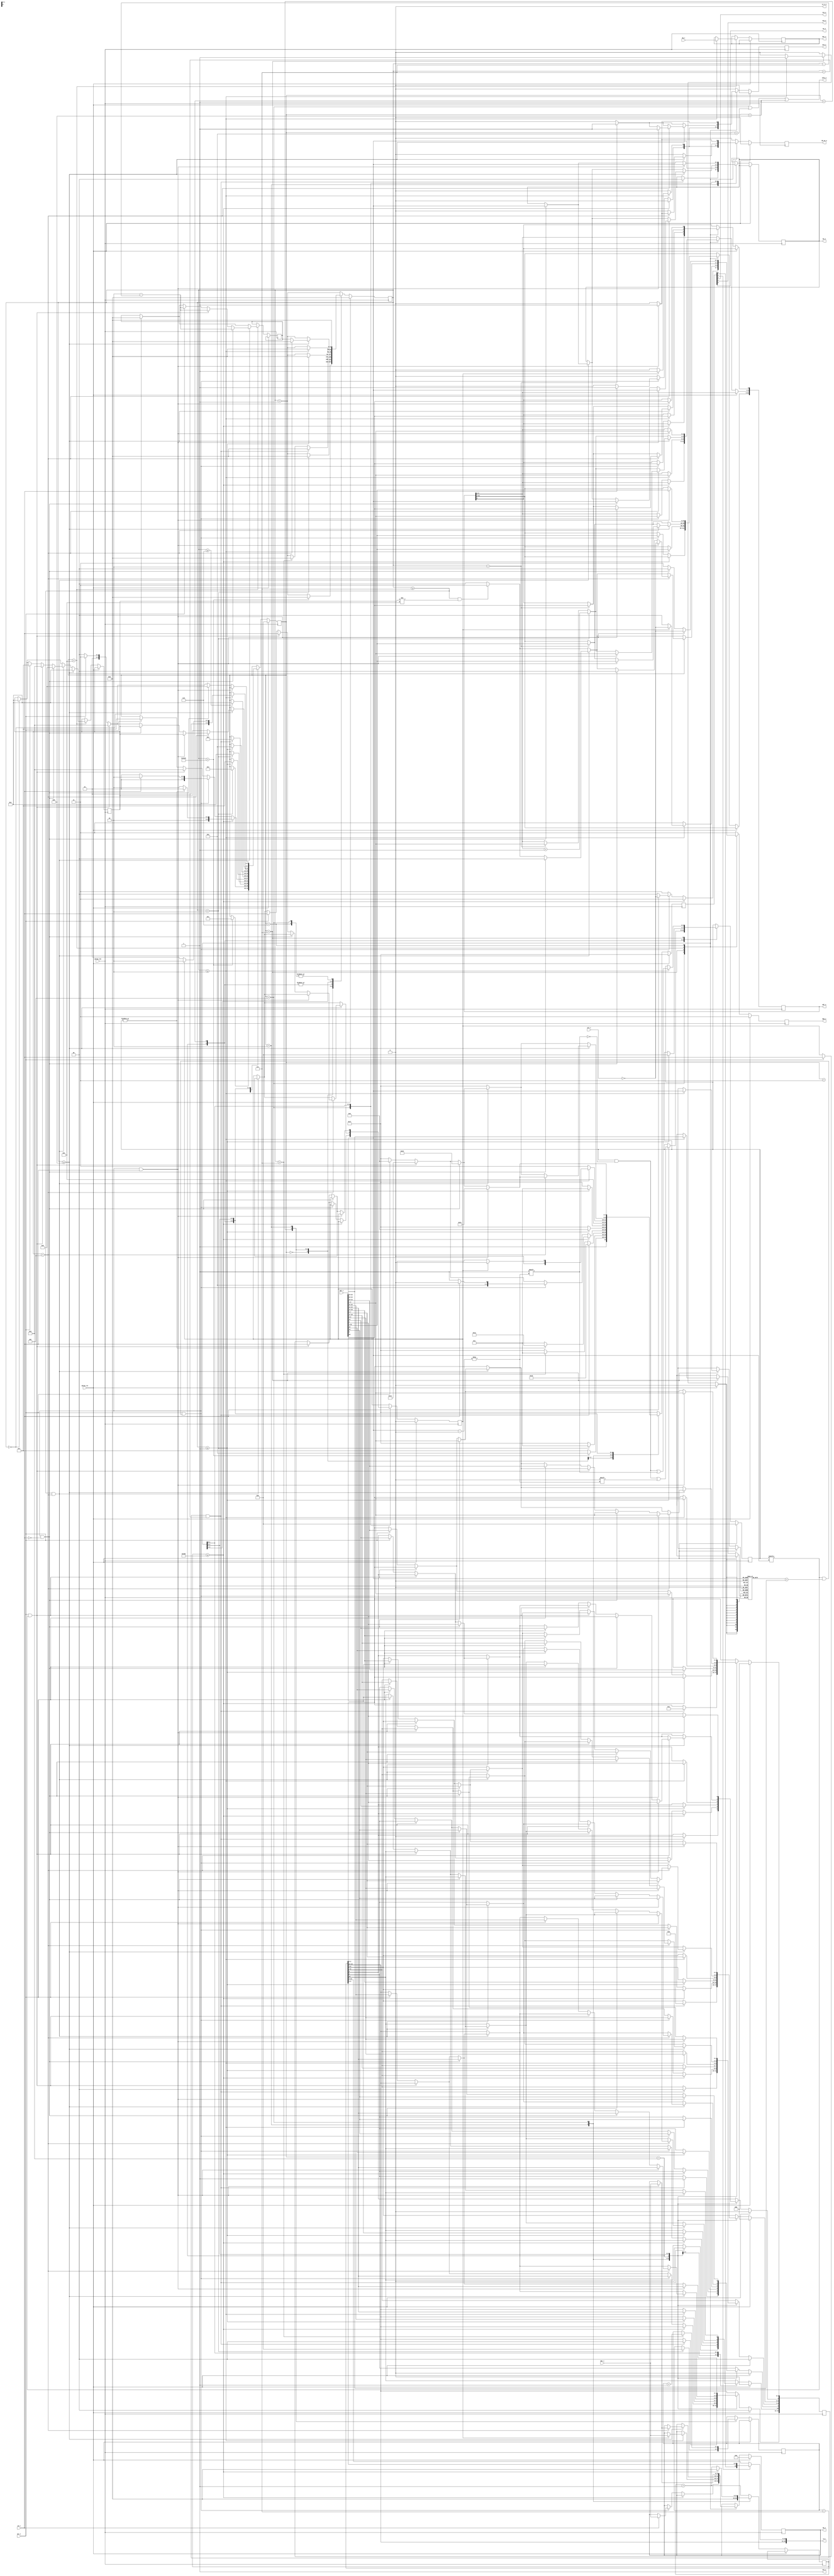
/*
 * Copyright (c) 2011, Stefan Kristiansson <stefan.kristiansson@saunalahti.fi>
 * All rights reserved.
 *
 * Redistribution and use in source and non-source forms, with or without
 * modification, are permitted provided that the following conditions are met:
 *     * Redistributions of source code must retain the above copyright
 *       notice, this list of conditions and the following disclaimer.
 *     * Redistributions in non-source form must reproduce the above copyright
 *       notice, this list of conditions and the following disclaimer in the
 *       documentation and/or other materials provided with the distribution.
 *
 * THIS WORK IS PROVIDED BY THE COPYRIGHT HOLDERS AND CONTRIBUTORS "AS IS"
 * AND ANY EXPRESS OR IMPLIED WARRANTIES, INCLUDING, BUT NOT LIMITED TO,
 * THE IMPLIED WARRANTIES OF MERCHANTABILITY AND FITNESS FOR A PARTICULAR
 * PURPOSE ARE DISCLAIMED. IN NO EVENT SHALL THE COPYRIGHT HOLDER OR
 * CONTRIBUTORS BE LIABLE FOR ANY DIRECT, INDIRECT, INCIDENTAL, SPECIAL,
 * EXEMPLARY, OR CONSEQUENTIAL DAMAGES (INCLUDING, BUT NOT LIMITED TO,
 * PROCUREMENT OF SUBSTITUTE GOODS OR SERVICES;
 * LOSS OF USE, DATA, OR PROFITS; OR BUSINESS INTERRUPTION) HOWEVER CAUSED AND
 * ON ANY THEORY OF LIABILITY, WHETHER IN CONTRACT, STRICT LIABILITY, OR TORT
 * (INCLUDING NEGLIGENCE OR OTHERWISE) ARISING IN ANY WAY OUT OF THE USE OF THIS
 * WORK, EVEN IF ADVISED OF THE POSSIBILITY OF SUCH DAMAGE.
 */

module sdram_ctrl #(
	parameter CLK_FREQ_MHZ	= 100,	// sdram_clk freq in MHZ
	parameter POWERUP_DELAY	= 200,	// power up delay in us
	parameter BURST_LENGTH	= 8,	// 0, 1, 2, 4 or 8 (0 = full page)
	parameter ROW_WIDTH	= 13,	// Row width
	parameter COL_WIDTH	= 9,	// Column width
	parameter BA_WIDTH	= 2,	// Ba width
	parameter tCAC		= 2,	// CAS Latency
	parameter tRAC		= 5,	// RAS Latency
	parameter tRP		= 2,	// Command Period (PRE to ACT)
	parameter tRC		= 7,	// Command Period (REF to REF / ACT to ACT)
	parameter tMRD		= 2	// Mode Register Set To Command Delay time
)
(
	// SDRAM interface
	input			sdram_rst,
	input			sdram_clk,
	output	[BA_WIDTH-1:0]	ba_o,
	output		[12:0]	a_o,
	output			cs_n_o,
	output			ras_o,
	output			cas_o,
	output			we_o,
	output reg	[15:0]	dq_o,
	output reg	[1:0]	dqm_o,
	input		[15:0]	dq_i,
	output reg		dq_oe_o,
	output			cke_o,

	// Internal interface
	output			idle_o,
	input		[31:0]	adr_i,
	output reg	[31:0]	adr_o,
	input		[15:0]	dat_i,
	output reg	[15:0]	dat_o,
	input		[1:0]	sel_i,
	input			acc_i,
	output reg		ack_o,
	input			we_i
);
	// Active Command To Read/Write Command Delay Time
	parameter tRCD = tRAC - tCAC;

	parameter POWERUP_CNT = CLK_FREQ_MHZ*POWERUP_DELAY;
	// refresh should be done for each row every 64 ms => 64e-3/2^ROW_WIDTH
	parameter REFRESH_TIMEOUT = (CLK_FREQ_MHZ*64000)/(1<<ROW_WIDTH);

	// Burst types
	parameter
		SEQUENTIAL  = 1'b0,
		INTERLEAVED = 1'b1;

	// Write burst modes
	parameter
		PROGRAMMED_BL   = 1'b0,
		SINGLE_LOCATION = 1'b1;

	// FSM states
	parameter [3:0]
		INIT_POWERUP  = 4'h0,
		INIT_PRE      = 4'h1,
		INIT_REF      = 4'h2,
		INIT_PGM_MODE = 4'h3,
		IDLE          = 4'h4,
		READ          = 4'h5,
		WRITE         = 4'h6,
		ACTIVATE      = 4'h7,
		PRE           = 4'h8,
		PRE_ALL       = 4'h9,
		REF           = 4'ha;

	// SDRAM commands (a10_oe,a10,ras,cas,we)
	parameter [4:0]
		CMD_NOP      = 5'b10111,
		CMD_BST      = 5'b10110,
		CMD_READ     = 5'b10101,
		CMD_READ_AP  = 5'b11101,
		CMD_WRITE    = 5'b10100,
		CMD_WRITE_AP = 5'b11100,
		CMD_ACT      = 5'b00011,
		CMD_PALL     = 5'b11010,
		CMD_PRE      = 5'b10010,
		CMD_REF      = 5'b00001,
		CMD_SELF     = 5'b00000,
		CMD_MRS      = 5'b10000;

	reg  [3:0]			state;
	reg  [3:0]			next_state;
	reg  [31:0]			cycle_count;
	reg  [31:0]			next_cycle_count;
	reg  [31:0]			refresh_count;
	reg  [3:0]			state_count;
	reg  [ROW_WIDTH-1:0]		row_active[(1<<BA_WIDTH)-1:0];
	reg  [(1<<BA_WIDTH)-1:0]	bank_active;
	reg  [12:0]			a;
	reg  [BA_WIDTH-1:0]		ba;
	reg  [4:0]			cmd;
	reg				we_r;
	wire [2:0]			bl;
	wire				a10;
	wire				a10_oe;
	wire [BA_WIDTH-1:0]		curr_bank;
	wire				curr_bank_active;
	wire [ROW_WIDTH-1:0]		curr_row;
	wire				curr_row_active;

	assign cs_n_o = 1'b0;
	assign cke_o  = 1'b1;
	assign a_o    = a10_oe ? {a[12:11], a10, a[9:0]} : a;
	assign ba_o   = ba;
	assign {a10_oe,a10,ras_o,cas_o,we_o} = cmd;
	assign bl = (BURST_LENGTH == 0) ? 3'b111 :
		    (BURST_LENGTH == 1) ? 3'b000 :
		    (BURST_LENGTH == 2) ? 3'b001 :
		    (BURST_LENGTH == 4) ? 3'b010 :
		    (BURST_LENGTH == 8) ? 3'b011 : 3'b00;
	assign curr_bank = adr_i[(BA_WIDTH+ROW_WIDTH+COL_WIDTH):(ROW_WIDTH+COL_WIDTH+1)];
	assign curr_row = adr_i[(ROW_WIDTH+COL_WIDTH):(COL_WIDTH+1)];
	assign curr_bank_active = bank_active[curr_bank];
	assign curr_row_active = (bank_active[curr_bank] &
				 (row_active[curr_bank] == curr_row));
	assign idle_o = (state == IDLE) | (state == REF) | (state == PRE_ALL);

	always @(posedge sdram_clk) begin
		if (sdram_rst) begin
			dq_oe_o <= 1'b0;
			dq_o <= 0;
			dqm_o <= 2'b11;
			cmd <= CMD_NOP;
			state <= INIT_POWERUP;
			a <= 0;
			ack_o <= 1'b0;
			cycle_count <= 0;
			we_r <= 0;
			bank_active <= 0;
		end else begin
			dq_oe_o <= 1'b0;
			dqm_o <= 2'b11;
			cmd <= CMD_NOP;
			ack_o <= 1'b0;
			refresh_count <= refresh_count + 1;
			cycle_count <= cycle_count + 1;
			case (state)
			INIT_POWERUP: begin
				if (cycle_count > POWERUP_CNT) begin
					cmd <= CMD_PALL;
					state <= INIT_PRE;
					cycle_count <= 0;
				end
			end

			INIT_PRE: begin
				if (cycle_count > tRP) begin
					cmd <= CMD_REF;
					state <= INIT_REF;
					state_count <= 0;
					cycle_count <= 0;
				end
			end

			INIT_REF: begin
				refresh_count <= 0;
				if (cycle_count > tRC) begin
					cmd <= CMD_REF;
					state_count <= state_count + 1;
					cycle_count <= 0;
				end
				// 8 refresh cycles
				if (state_count == 4'd7 & cycle_count == tRC) begin
					cmd <= CMD_MRS;
					state <= INIT_PGM_MODE;
					ba <= 2'b00;
					a[12:10] <= 0; // Reserved
					a[9] <= SINGLE_LOCATION;
					a[8:7] <= 0; // Standard operation
					a[6:4] <= tCAC;
					a[3] <= SEQUENTIAL;
					a[2:0] <= bl;
					cycle_count <= 0;
				end
			end

			INIT_PGM_MODE: begin
				if (cycle_count > tMRD)
					state <= IDLE;
			end

			IDLE: begin
				cycle_count <= 0;
				ba <= curr_bank;
				if (refresh_count >= REFRESH_TIMEOUT) begin
					refresh_count <= 0;
					if (|bank_active) begin
						cmd <= CMD_PALL;
						state <= PRE_ALL;
					end else begin
						cmd <= CMD_REF;
						state <= REF;
					end
				end else if (acc_i & curr_row_active) begin
					a[12:11] <= adr_i[12:11];
					a[9:0] <= adr_i[10:1];
					adr_o <= adr_i;
					if (we_i) begin
						ack_o <= 1'b1;
						dqm_o <= ~sel_i;
						dq_oe_o <= 1'b1;
						dq_o <= dat_i;
						cmd <= CMD_WRITE;
						state <= WRITE;
					end else begin
						dqm_o <= 2'b00;
						cmd <= CMD_READ;
						state <= READ;
					end
				end else if (acc_i & curr_bank_active) begin
					cmd <= CMD_PRE;
					state <= PRE;
					we_r <= we_i;
				end else if (acc_i) begin
					a <= curr_row;
					cmd <= CMD_ACT;
					state <= ACTIVATE;
					we_r <= we_i;
				end
			end

			REF: begin
				if (cycle_count >= tRC-1)
					state <= IDLE;
			end

			PRE: begin
				if (cycle_count >= tRP-1) begin
					bank_active[curr_bank] <= 1'b0;
					a <= curr_row;
					cmd <= CMD_ACT;
					state <= ACTIVATE;
					cycle_count <= 0;
				end
			end

			PRE_ALL: begin
				if (cycle_count >= tRP-1) begin
					bank_active <= 0;
					cmd <= CMD_REF;
					state <= REF;
					cycle_count <= 0;
				end
			end

			ACTIVATE: begin
				if (cycle_count >= tRCD-1) begin
					bank_active[curr_bank] <= 1'b1;
					row_active[curr_bank] <= curr_row;
					a[12:11] <= adr_i[12:11];
					a[9:0] <= adr_i[10:1];
					adr_o <= adr_i;
					if (we_r) begin
						ack_o <= 1'b1;
						dq_oe_o <= 1'b1;
						dq_o <= dat_i;
						dqm_o <= ~sel_i;
						cmd <= CMD_WRITE;
						state <= WRITE;
					end else begin
						dqm_o <= 2'b00;
						cmd <= CMD_READ;
						state <= READ;
					end
					cycle_count <= 0;
				end
			end

			READ: begin
				/* TODO: support for full page burst */
				dqm_o <= 2'b00;
				if (cycle_count == 0) begin
					next_cycle_count <= 0;
					next_state <= IDLE;
				end

				if (cycle_count == tCAC) begin
					ack_o <= 1'b1;
					adr_o <= adr_i;
				end

				if (cycle_count >= tCAC) begin
					dat_o <= dq_i;
				end

				if (cycle_count > tCAC) begin
					if (BURST_LENGTH == 8)
						adr_o[3:1] <= adr_o[3:1] + 3'b1;
					else if (BURST_LENGTH == 4)
						adr_o[2:1] <= adr_o[2:1] + 2'b1;
					else if (BURST_LENGTH == 2)
						adr_o[1] <= adr_o[1] + 1'b1;
				end

				/* dqm has a latency of 2 cycles */
				if (cycle_count >= (BURST_LENGTH-1 + tCAC - 2) &
				    next_state != READ)
					dqm_o <= 2'b11;

				if (cycle_count >= (BURST_LENGTH-1) & next_state == IDLE) begin
					if (acc_i & curr_row_active & !we_i) begin
						dqm_o <= 2'b00;
						ba <= curr_bank;
						a[12:11] <= adr_i[12:11];
						a[9:0] <= adr_i[10:1];
						cmd <= CMD_READ;
						next_cycle_count <= tCAC - (cycle_count - (BURST_LENGTH-1));
						next_state <= READ;
					end else if (acc_i & curr_bank_active) begin
						we_r <= we_i;
						cmd <= CMD_PRE;
						next_cycle_count <= tCAC - (cycle_count - (BURST_LENGTH-1));
						next_state <= PRE;
					end else if (acc_i) begin
						we_r <= we_i;
						a <= curr_row;
						cmd <= CMD_ACT;
						next_cycle_count <= tCAC - (cycle_count - (BURST_LENGTH-1));
						next_state <= ACTIVATE;
					end
				end

				if (cycle_count >= (tCAC + BURST_LENGTH-1)) begin
					cycle_count <= next_cycle_count;
					state <= next_state;
					next_state <= IDLE;
					if (next_state == IDLE) begin
						cycle_count <= 0;
						if (acc_i & curr_row_active & we_i) begin
							ack_o <= 1'b1;
							ba <= curr_bank;
							a[12:11] <= adr_i[12:11];
							a[9:0] <= adr_i[10:1];
							adr_o <= adr_i;
							dq_o <= dat_i;
							dqm_o <= ~sel_i;
							dq_oe_o <= 1'b1;
							cmd <= CMD_WRITE;
						end else if (acc_i & curr_row_active & !we_i) begin
							ba <= curr_bank;
							a[12:11] <= adr_i[12:11];
							a[9:0] <= adr_i[10:1];
							dqm_o <= 2'b00;
							cmd <= CMD_READ;
						end else if (acc_i & curr_bank_active) begin
							we_r <= we_i;
							cmd <= CMD_PRE;
							state <= PRE;
						end else if (acc_i) begin
							we_r <= we_i;
							a <= curr_row;
							cmd <= CMD_ACT;
							state <= ACTIVATE;
						end else begin
							cmd <= CMD_NOP;
							state <= IDLE;
						end
					end
				end
			end

			WRITE: begin
				/* TODO: support for burst writes */
				cycle_count <= 0;
				if (acc_i & curr_row_active & we_i) begin
					ack_o <= 1'b1;
					ba <= curr_bank;
					a[12:11] <= adr_i[12:11];
					a[9:0] <= adr_i[10:1];
					adr_o <= adr_i;
					dq_o <= dat_i;
					dqm_o <= ~sel_i;
					dq_oe_o <= 1'b1;
					cmd <= CMD_WRITE;
				end else if (acc_i & curr_row_active & !we_i) begin
					ba <= curr_bank;
					a[12:11] <= adr_i[12:11];
					a[9:0] <= adr_i[10:1];
					dqm_o <= 2'b00;
					cmd <= CMD_READ;
					state <= READ;
				end else if (acc_i & curr_bank_active) begin
					we_r <= we_i;
					cmd <= CMD_PRE;
					state <= PRE;
				end else if (acc_i) begin
					we_r <= we_i;
					a <= curr_row;
					cmd <= CMD_ACT;
					state <= ACTIVATE;
				end else begin
					cmd <= CMD_NOP;
					state <= IDLE;
				end
			end
			endcase
		end
	end
endmodule